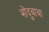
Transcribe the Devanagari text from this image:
भोंदुबाबा